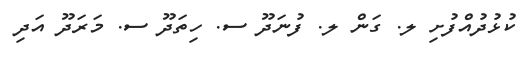
ކުޅުދުއްފުށި ލ. ގަން ލ. ފުނަދޫ ސ. ހިތަދޫ ސ. މަރަދޫ އަދި